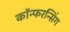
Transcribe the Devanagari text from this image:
कॉन्फरन्सिंग